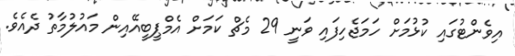
އިވެންޓުގައި ކުޅުމަށް ހަމަޖެހިފައި ވަނީ 29 މެޗް ކަމަށް އެމްޕީބީއޭއިން މައުލުމާތު ދެއެވެ.